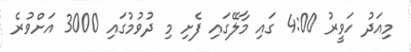
މިއަދު ހަވީރު 4:00 ގައި މާލޭގައި ފެށި މި ދުވުމުގައި 3000 އަށްވުރެ